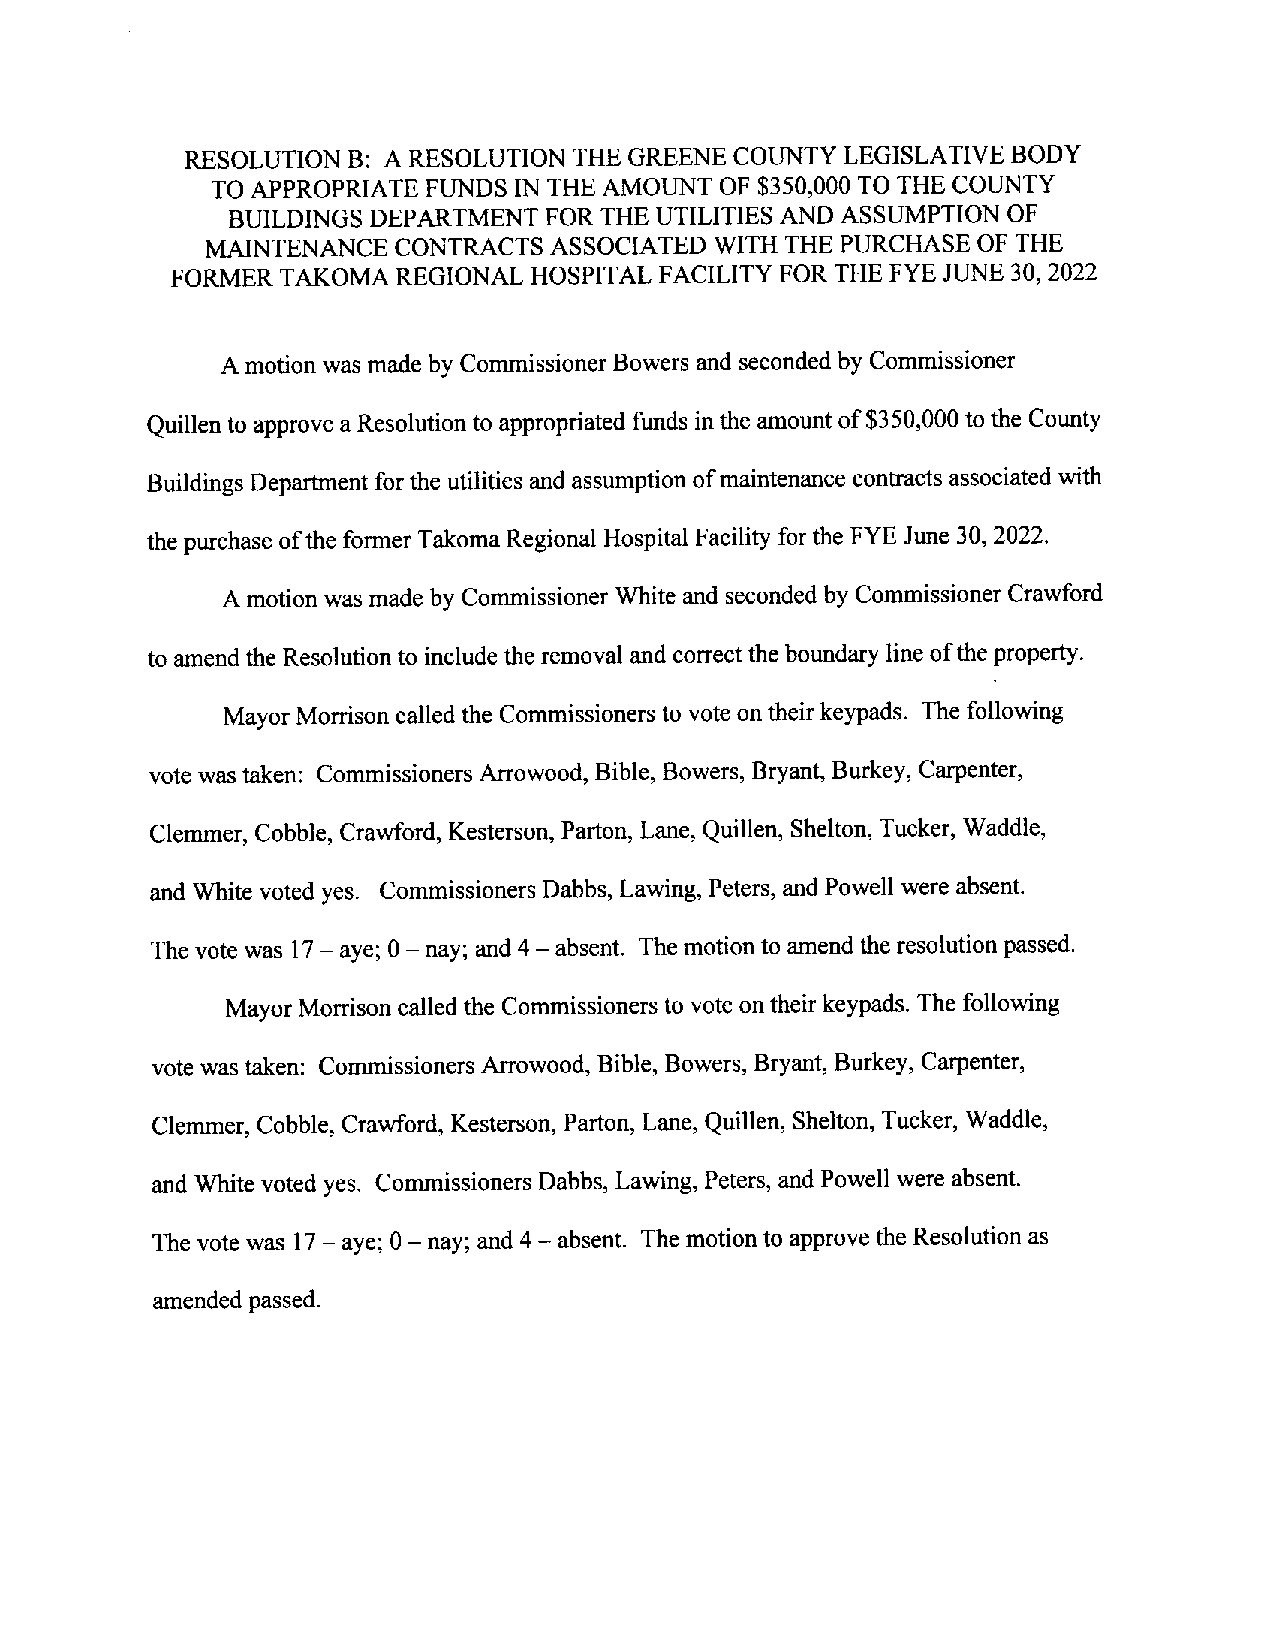
RESOLUTION B: A RESOLUTION THEGREENE COUNTY LEGISLATIVE BODY
 TO APPROPRIATE FUNDS INTHE AMOUNT OF $350,000 TO THE COUNTY
 BUILDINGS DEPARTMENT FOR THEUTILITIES AND ASSUMPTION OF
 MAINTENANCECONTRACTS  ASSOCIATED WITH THE PURCHASE OFTHE
 FORMER TAKOMA  REGIONAL HOSPITAL FACILITY FOR THE FYE JUNE 30, 2022
 A motion wasmade by CommissionerBowers and seconded by Commissioner
 Quillen to approve aResolution toappropriated funds inthe amount of$350,000 to the County
 BuildingsDepartment forthe utilities and assumption ofmaintenance contracts associated with
 thepurchase ofthe former TakomaRegional HospitalFacility for the FYEJune 30, 2022.
 Amotion wasmade by Commissioner Whiteand seconded byCommissioner Crawford
 to amendthe Resolution to include theremoval and correcttheboundary line oftheproperty.
 Mayor Morrison calledthe Commissionersto vote ontheirkeypads. Thefollowing
 vote wastaken: Commissioners Arrowood, Bible, Bowers,Bryant, Burkey, Carpenter,
 Clemmer, Cobble, Crawford, Kesterson, Parton, Lane, Quillen, Shelton, Tucker,Waddle,
 and White voted yes. Commissioners Dabbs, Lawing, Peters, andPowell were absent.
 The votewas 17— aye; 0— nay; and 4—absent. The motiontoamend the resolution passed.
 Mayor Morrison calledthe Commissionersto voteontheirkeypads. Thefollowing
 vote wastaken: CommissionersArrowood,Bible, Bowers,Bryant, Burkey, Carpenter,
 Clemmer, Cobble, Crawford, Kesterson, Parton, Lane, Quillen, Shelton, Tucker, Waddle,
 and White voted yes. CommissionersDabbs, Lawing, Peters, and Powell were absent.
 The votewas 17— aye; 0— nay; and4—absent. The motion to approve the Resolution as
 amended passed.